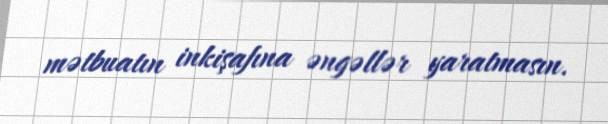
mətbuatın inkişafına əngəllər yaratmasın.